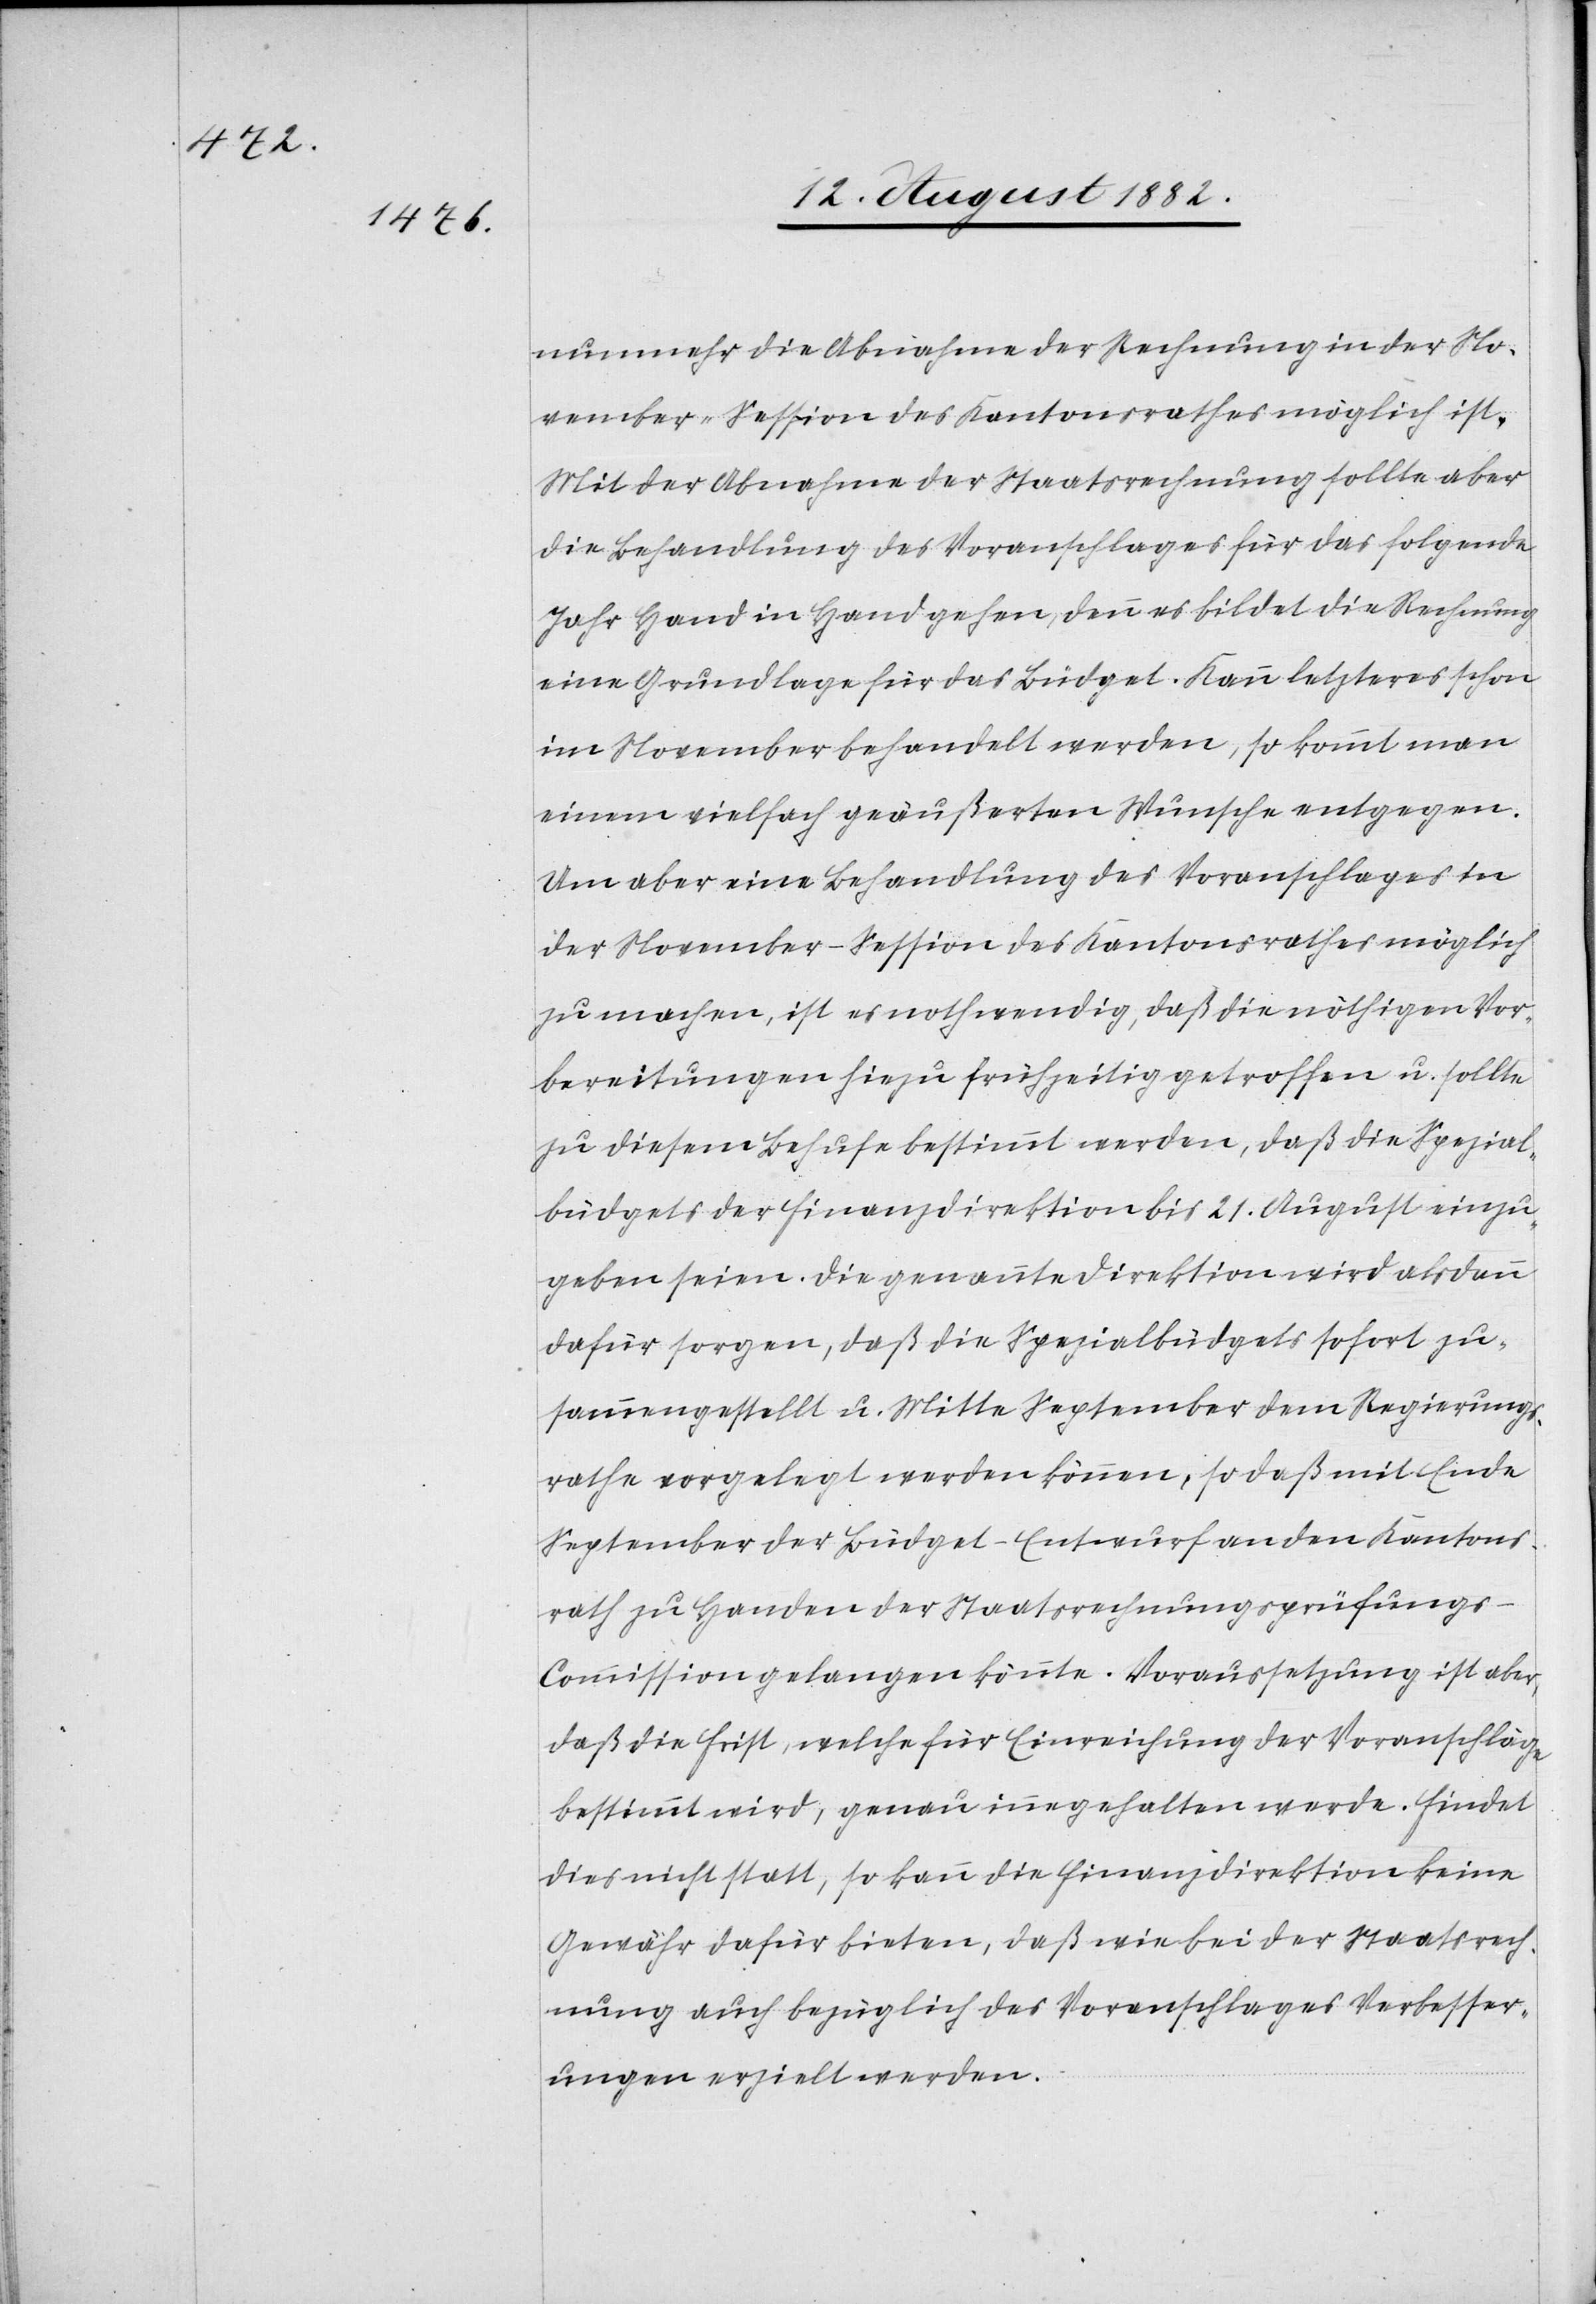
nunmehr die Abnahme der Rechnung in der No¬
vember-Session des Kantonsrathes möglich ist.
Mit der Abnahme der Staatsrechnung sollte aber
die Behandlung des Voranschlages für das folgende
Jahr Hand in Hand gehen, denn es bildet die Rechnung
eine Grundlage für das Büdget. Kann letzteres schon
im November behandelt werden, so kommt man
einem vielfach geäußerten Wunsche entgegen.
Um aber eine Behandlung des Voranschlages in
der November-Session des Kantonsrathes möglich
zu machen, ist es nothwendig, daß die nöthigen Vor¬
bereitungen hiezu frühzeitig getroffen u. sollte
zu diesem Behufe bestimmt werden, daß die Spezial¬
büdgets der Finanzdirektion bis 21. August einzu¬
geben seien. Die genannte Direktion wird alsdann
dafür sorgen, daß die Spezialbüdgets sofort zu¬
sammengestellt u. Mitte September dem Regierungs¬
rathe vorgelegt werden können, so daß mit Ende
September der Büdget-Entwurf an den Kantons¬
rath zu Handen der Staatsrechnungsprüfungs-C¬
ommission gelangen könnte. Voraussetzung ist aber,
daß die Frist, welche für Einreichung der Voranschläge
bestimmt wird, genau innegehalten werde. Findet
dies nicht statt, so kann die Finanzdirektion keine
Gewähr dafür bieten, daß wie bei der Staatsrech¬
nung auch bezüglich des Voranschlages Verbesser¬
ungen erzielt werden.